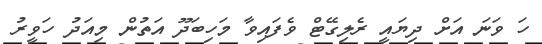
ހަ ވަނަ އަށް ދިޔައީ ރެލިގޭޓް ވެފައިވާ މަހިބަދޫ އަތުން މިއަދު ހަވީރު